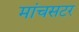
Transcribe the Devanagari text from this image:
मांचसटर